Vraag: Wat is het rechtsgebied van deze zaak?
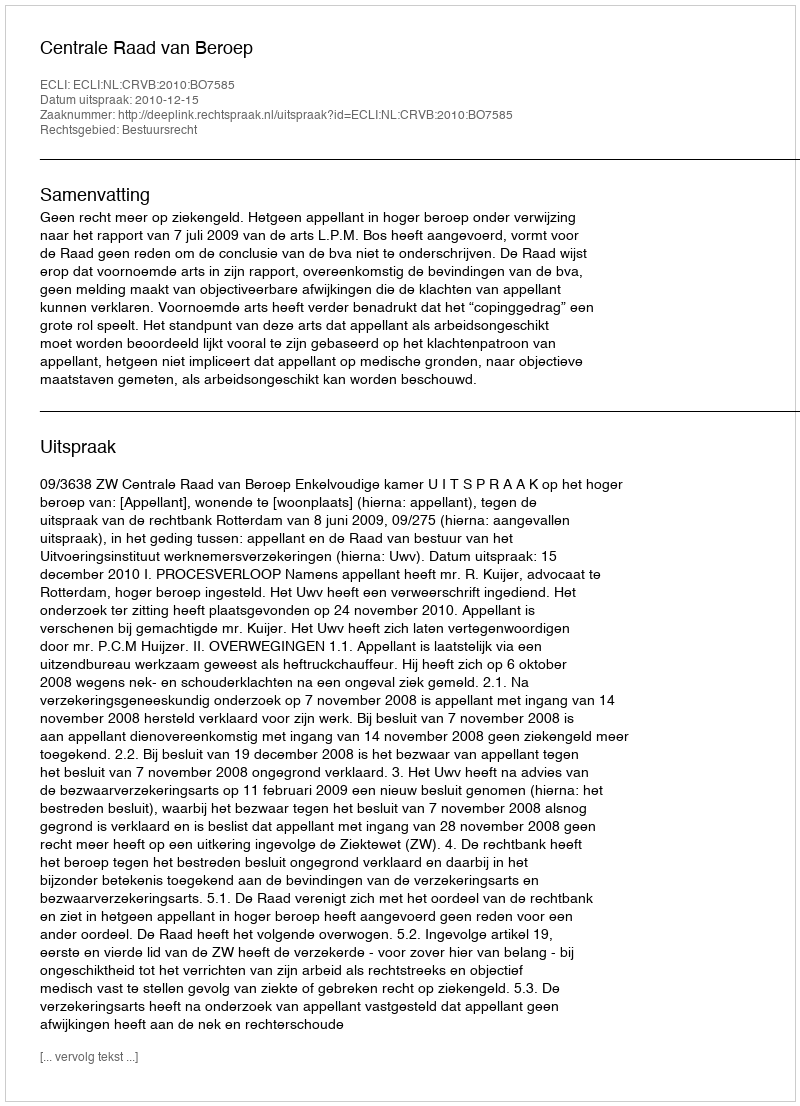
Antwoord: Bestuursrecht